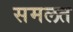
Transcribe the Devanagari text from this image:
समलत